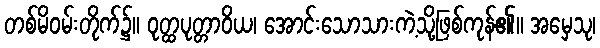
တစ်မိဝမ်းတိုက်၌။ ဝုတ္ထပုတ္တာဝိယ၊ အောင်းသောသားကဲ့သို့ဖြစ်ကုန်၏။ အမှေသု၊